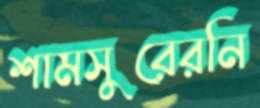
শামসুরেরনি